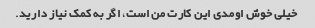
خیلی خوش اومدی این کارت من است، اگر به کمک نیاز دارید.